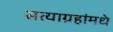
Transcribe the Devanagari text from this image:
सत्याग्रहांमधे